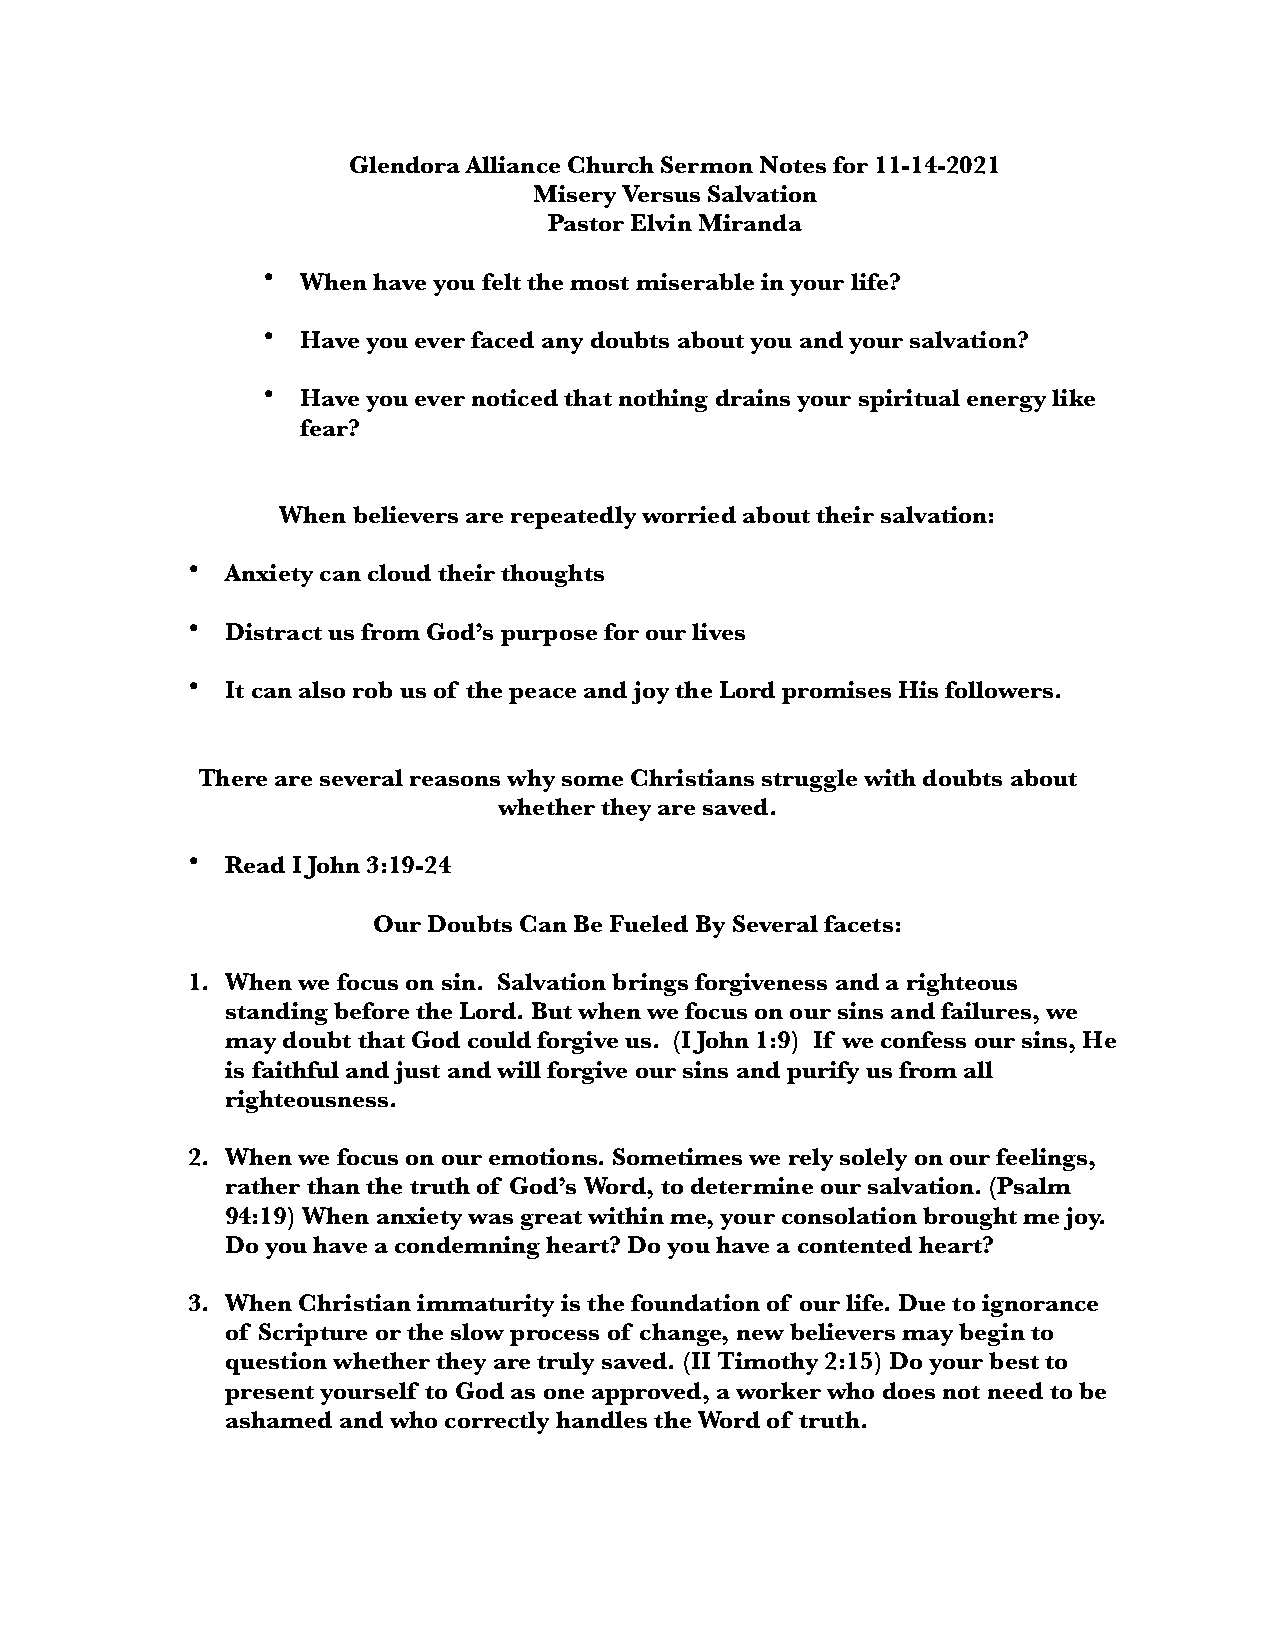
Glendora Alliance Church Sermon Notes for 11-14-2021
 Misery Versus Salvation
 Pastor Elvin Miranda
 •  When have you felt the most miserable in your life?
 •  Have you ever faced any doubts about you and your salvation?
 •  Have you ever noticed that nothing drains your spiritual energy like
 fear?
 When believers are repeatedly worried about their salvation:
 •  Anxiety can cloud their thoughts
 •  Distract us from God’s purpose for our lives
 •  It can also rob us of the peace and joy the Lord promises His followers.
 There are several reasons why some Christians struggle with doubts about
 whether they are saved.
 •  Read I John 3:19-24
 Our Doubts Can Be Fueled By Several facets:
 1. When we focus on sin. Salvation brings forgiveness and a righteous
 standing before the Lord. But when we focus on our sins and failures, we
 may doubt that God could forgive us. (I John 1:9) If we confess our sins, He
 is faithful and just and will forgive our sins and purify us from all
 righteousness.
 2. When we focus on our emotions. Sometimes we rely solely on our feelings,
 rather than the truth of God’s Word, to determine our salvation. (Psalm
 94:19) When anxiety was great within me, your consolation brought me joy.
 Do you have a condemning heart? Do you have a contented heart?
 3. When Christian immaturity is the foundation of our life. Due to ignorance
 of Scripture or the slow process of change, new believers may begin to
 question whether they are truly saved. (II Timothy 2:15) Do your best to
 present yourself to God as one approved, a worker who does not need to be
 ashamed and who correctly handles the Word of truth.